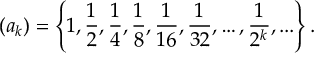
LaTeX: ( a _ { k } ) = \left\{ 1 , { \frac { 1 } { 2 } } , { \frac { 1 } { 4 } } , { \frac { 1 } { 8 } } , { \frac { 1 } { 1 6 } } , { \frac { 1 } { 3 2 } } , \ldots , { \frac { 1 } { 2 ^ { k } } } , . . . \right\} .